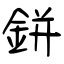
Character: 鉼